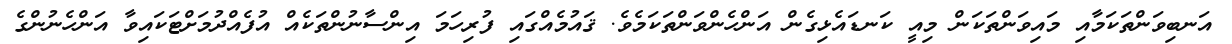
އަނބިވަންތަކަމާއި މައިވަންތަކަން މިއީ ކަނޑައެޅިގެން އަންހެންވަންތަކަމެވެ. ޤައުމެއްގައި ފުރިހަމަ އިންސާނުންތަކެއް އުފެއްދުމަށްޓަކައިވާ އަންހެނުންގެ